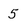
Character: 5